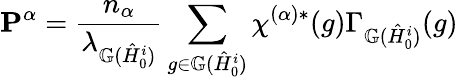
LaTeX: \mathbf{P}^{\alpha}=\frac{n_{\alpha}}{\lambda_{\mathbb{G}(\hat{H}_{0}^{i})}}\sum_{g\in\mathbb{G}(\hat{H}_{0}^{i})}\chi^{(\alpha)*}(g)\Gamma_{\mathbb{G}(\hat{H}_{0}^{i})}(g)